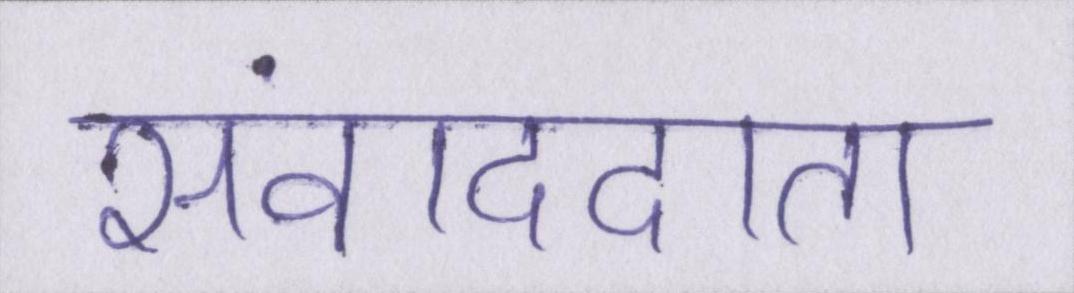
संवाददाता